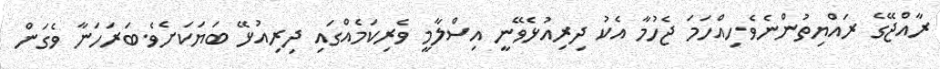
ރާއްޖޭގެ ރައްޔިތުންނެވެ.ހިއްހަމަ ޖެހުމާ އެކު ދިރިއުޅެވޭނީ އިސްލާމީ ވެރިކަމެއްގައި ދިރިއުޅޭ ބަޔަކަށެވެ.ބަރަހަނާ ވެގަން